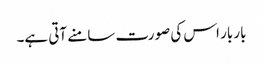
بار بار اس کی صورت سامنے آتی ہے۔